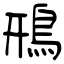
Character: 鳽